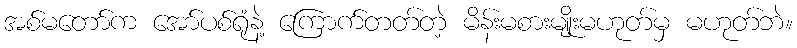
အစ်မတော်က အော်ပစ်ရုံနဲ့ ကြောက်တတ်တဲ့ မိန်းမစားမျိုးမဟုတ်မှ မဟုတ်ဘဲ။